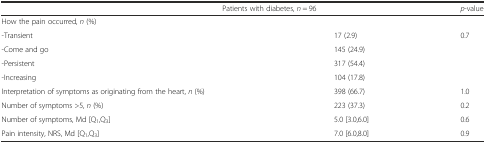
<table><thead><tr><td>[EMPTY_CELL]</td><td><b>Patients with diabetes, <i>n</i> = 96</b></td><td>[EMPTY_CELL]</td><td><b><i>p</i>-value</b></td></tr></thead><tbody><tr><td>How the pain occurred, <i>n</i> (%)</td><td>[EMPTY_CELL]</td><td>[EMPTY_CELL]</td><td>[EMPTY_CELL]</td></tr><tr><td>-Transient</td><td>[EMPTY_CELL]</td><td>17 (2.9)</td><td>0.7</td></tr><tr><td>-Come and go</td><td>[EMPTY_CELL]</td><td>145 (24.9)</td><td>[EMPTY_CELL]</td></tr><tr><td>-Persistent</td><td>[EMPTY_CELL]</td><td>317 (54.4)</td><td>[EMPTY_CELL]</td></tr><tr><td>-Increasing</td><td>[EMPTY_CELL]</td><td>104 (17.8)</td><td>[EMPTY_CELL]</td></tr><tr><td>Interpretation of symptoms as originating from the heart, <i>n</i> (%)</td><td>[EMPTY_CELL]</td><td>398 (66.7)</td><td>1.0</td></tr><tr><td>Number of symptoms &gt;5, <i>n</i> (%)</td><td>[EMPTY_CELL]</td><td>223 (37.3)</td><td>0.2</td></tr><tr><td>Number of symptoms, Md [Q<sub>1</sub>,Q<sub>3</sub>]</td><td>[EMPTY_CELL]</td><td>5.0 [3.0,6.0]</td><td>0.6</td></tr><tr><td>Pain intensity, NRS, Md [Q<sub>1</sub>,Q<sub>3</sub>]</td><td>[EMPTY_CELL]</td><td>7.0 [6.0,8.0]</td><td>0.9</td></tr></tbody></table>